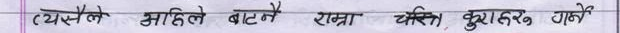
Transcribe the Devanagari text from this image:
(२) यस्तैले महिलाले बाटनै राम्रा चरित्र, कुराहरू गरे